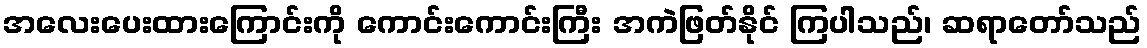
အလေးပေးထားကြောင်းကို ကောင်းကောင်းကြီး အကဲဖြတ်နိုင် ကြပါသည်၊ ဆရာတော်သည်